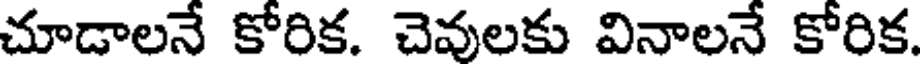
చూడాలనే కోరిక. చెవులకు వినాలనే కోరిక.